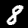
Label: 8